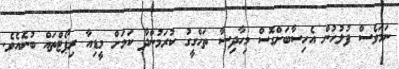
ނަމަވެސް ފުލުހުން އެހިސާބަށްގޮސް މިހާދިސާ ތަހްގީގު ކުރަމުންދާ ކަމަށް މީޑިއާ ރިޕޯޓްތައް ބުނެއެވެ.